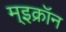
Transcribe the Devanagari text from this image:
म्इक्रॉन